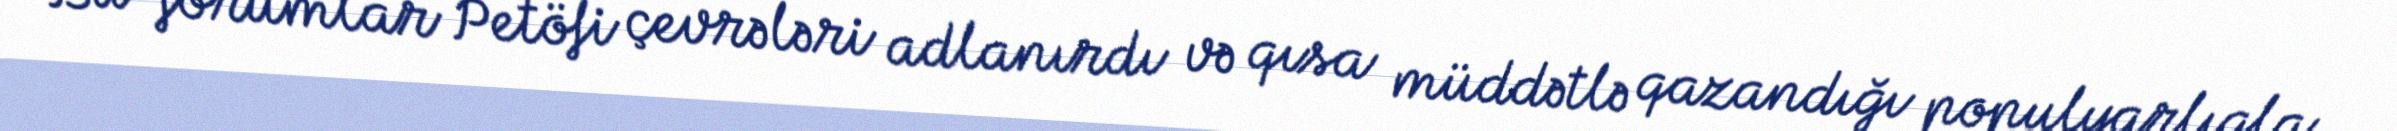
Bu forumlar Petöfi çevrələri adlanırdı və qısa müddətlə qazandığı populyarlıqla